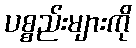
ပစ္စည်းများကို